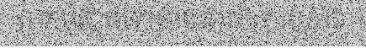
សកម្មភាពទៅតាមជាលិការបស់វា